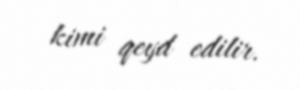
kimi qeyd edilir.